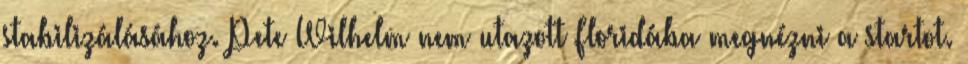
stabilizálásához. Pete Wilhelm nem utazott Floridába megnézni a startot.